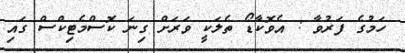
ހަމުގެ ފަރުވާ : އެވޮކާޑޯ ތެލަކީ ވަރަށް ގިނަ ކޮސްމެޓިކްސް ގައި